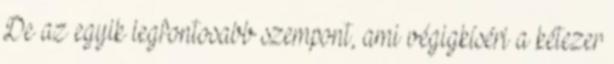
De az egyik legfontosabb szempont, ami végigkíséri a kétezer